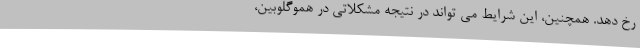
رخ دهد. همچنین، این شرایط می تواند در نتیجه مشکلاتی در هموگلوبین،